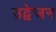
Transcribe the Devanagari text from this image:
उद्वेजन